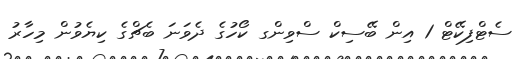
ސެޓްފިކޭޓް 1 އިން ބޭސިކް ސްވިންގ ކޯހުގެ ދެވަނަ ބެޗްގެ ކިޔެވުން މިހާރު